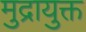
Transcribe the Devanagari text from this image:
मुद्रायुक्त